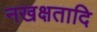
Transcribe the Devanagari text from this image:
नखक्षतादि